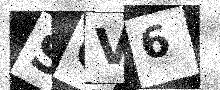
Text: SOV6